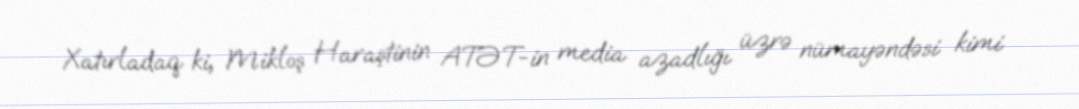
Xatırladaq ki, Mikloş Haraştinin ATƏT-in media azadlığı üzrə nümayəndəsi kimi